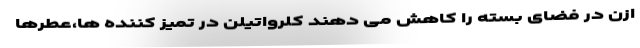
ازن در فضای بسته را کاهش می دهند کلرواتیلن در تمیز کننده ها،عطرها